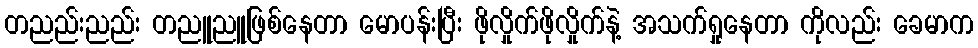
တညည်းညည်း တညူညူဖြစ်နေတာ မောပန်းပြီး ဖိုလှိုက်ဖိုလှိုက်နဲ့ အသက်ရှုနေတာ ကိုလည်း ခေမာက